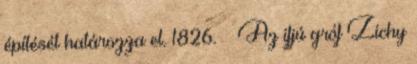
építését határozza el. 1826. – Az ifjú gróf Zichy